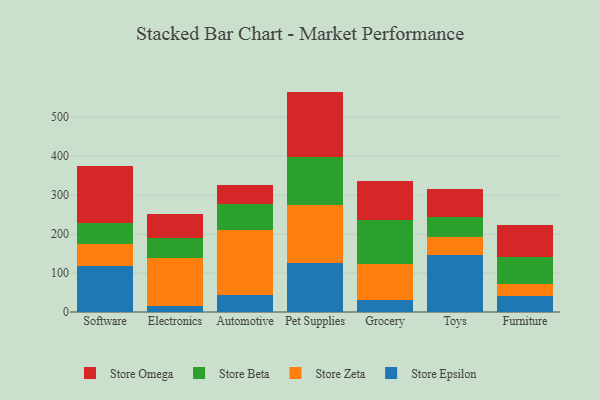
{"axis": {"x": "Category", "y": "Conversion Rate (%)"}, "legend": ["Store Beta", "Store Epsilon", "Store Omega", "Store Zeta"], "data": [{"x": "Software", "y": 117.4, "type": "Store Epsilon"}, {"x": "Software", "y": 57.6, "type": "Store Zeta"}, {"x": "Software", "y": 54.3, "type": "Store Beta"}, {"x": "Software", "y": 145.1, "type": "Store Omega"}, {"x": "Electronics", "y": 14.9, "type": "Store Epsilon"}, {"x": "Electronics", "y": 123.3, "type": "Store Zeta"}, {"x": "Electronics", "y": 52.6, "type": "Store Beta"}, {"x": "Electronics", "y": 60.9, "type": "Store Omega"}, {"x": "Automotive", "y": 43.3, "type": "Store Epsilon"}, {"x": "Automotive", "y": 167.0, "type": "Store Zeta"}, {"x": "Automotive", "y": 65.7, "type": "Store Beta"}, {"x": "Automotive", "y": 50.0, "type": "Store Omega"}, {"x": "Pet Supplies", "y": 125.2, "type": "Store Epsilon"}, {"x": "Pet Supplies", "y": 149.4, "type": "Store Zeta"}, {"x": "Pet Supplies", "y": 123.0, "type": "Store Beta"}, {"x": "Pet Supplies", "y": 168.1, "type": "Store Omega"}, {"x": "Grocery", "y": 31.2, "type": "Store Epsilon"}, {"x": "Grocery", "y": 91.5, "type": "Store Zeta"}, {"x": "Grocery", "y": 114.2, "type": "Store Beta"}, {"x": "Grocery", "y": 99.9, "type": "Store Omega"}, {"x": "Toys", "y": 146.5, "type": "Store Epsilon"}, {"x": "Toys", "y": 45.9, "type": "Store Zeta"}, {"x": "Toys", "y": 51.1, "type": "Store Beta"}, {"x": "Toys", "y": 73.0, "type": "Store Omega"}, {"x": "Furniture", "y": 41.2, "type": "Store Epsilon"}, {"x": "Furniture", "y": 31.4, "type": "Store Zeta"}, {"x": "Furniture", "y": 69.1, "type": "Store Beta"}, {"x": "Furniture", "y": 82.5, "type": "Store Omega"}]}